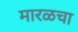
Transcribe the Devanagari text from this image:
मारळचा